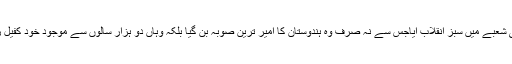
ہندوستان میں سب سے پہلے مشرقی پنجاب کے زرعی شعبے میں سبز انقلاب آیاجس سے نہ صرف وہ ہندوستان کا امیر ترین صوبہ بن گیا بلکہ وہاں دو ہزار سالوں سے موجود خود کفیل زرعی معاشرے کو مشینی کاشت نے تہہ و بالا کردیا۔